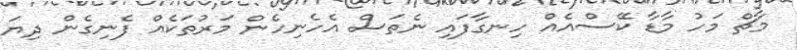
މާޗް މަހު މާޑާ ކޭސްއެއް ހިނގާފައި ނެތަސް އެހެނިހެން މަރުތަކެއް ފެނިގެން ދިޔަ